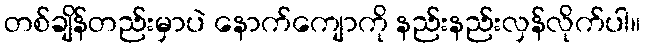
တစ်ချိန်တည်းမှာပဲ နောက်ကျောကို နည်းနည်းလှန်လိုက်ပါ။